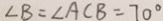
\angle B = \angle A C B = 7 0 ^ { \circ }